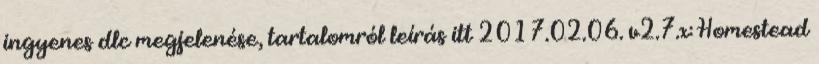
ingyenes dlc megjelenése, tartalomról leírás itt 2017.02.06. v2.7.x: Homestead